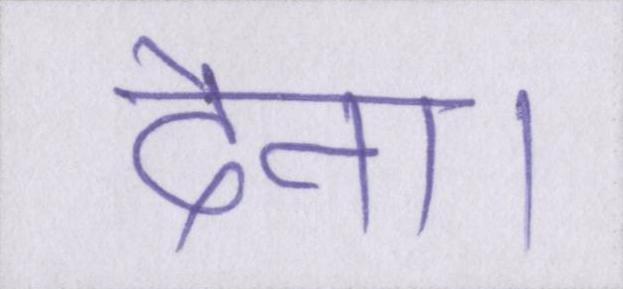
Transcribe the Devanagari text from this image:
देना।